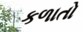
કળાતો